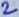
Text: 2